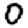
Digit: 0